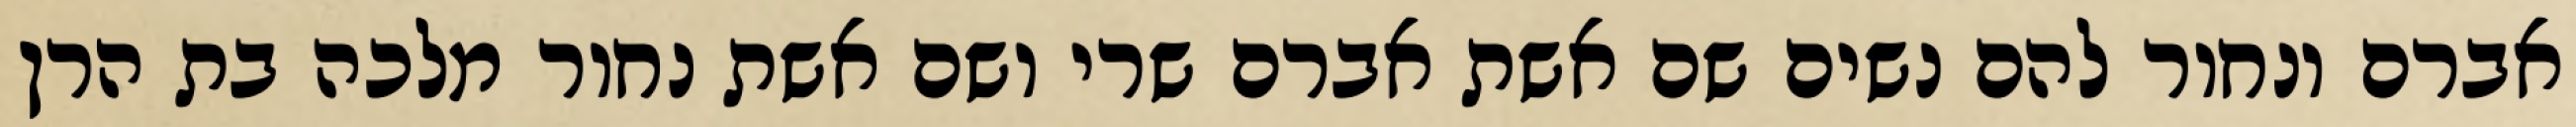
אברם ונחור להם נשים שם אשת אברם שרי ושם אשת נחור מלכה בת הרן